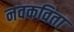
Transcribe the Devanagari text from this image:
नवकविता